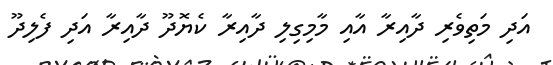
އަދި މަތިވެރި ދާއިރާ އާއި މާމިގިލި ދާއިރާ ކެޔޮދޫ ދާއިރާ އަދި ފެލިދޫ